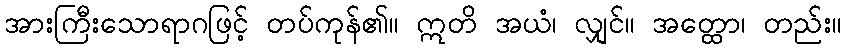
အားကြီးသောရာဂဖြင့် တပ်ကုန်၏။ ဣတိ အယံ၊ လျှင်။ အတ္ထော၊ တည်း။